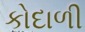
કોદાળી